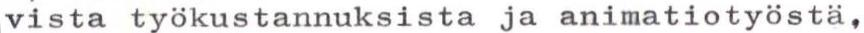
vista työkustannuksista ja animatiotyöstä,